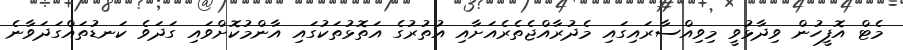
މެޓް އޮފީހުން ވިދާޅުވީ މިވިއްސާރައިގައި މެދުރާއްޖެތެރެއަށާއި އުތުރުގެ އަތޮޅުތަކުގައި އާންމުކޮށްވައި ގަދަވެ ކަނޑުތައްގަދަވާނެ